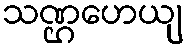
သဏ္ဌဟေယျ